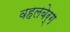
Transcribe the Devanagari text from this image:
वहलबेर्ग